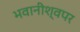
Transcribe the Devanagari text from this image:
भवानीश्वपर